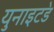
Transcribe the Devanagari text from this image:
युनाइट॓ड